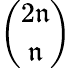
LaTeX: \binom{2\mathfrak{n}}{\mathfrak{n}}